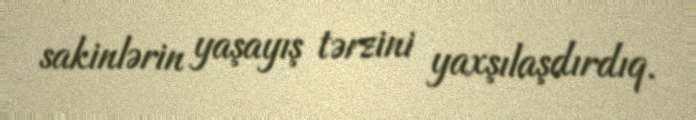
sakinlərin yaşayış tərzini yaxşılaşdırdıq.